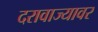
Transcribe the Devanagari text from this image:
दरावाज्यावर